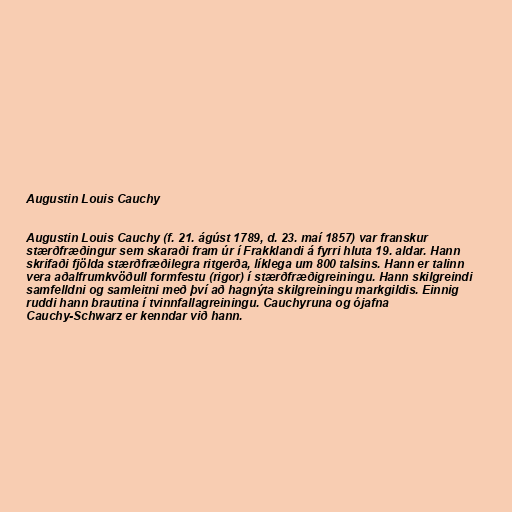
Augustin Louis Cauchy

Augustin Louis Cauchy (f. 21. ágúst 1789, d. 23. maí 1857) var franskur
stærðfræðingur sem skaraði fram úr í Frakklandi á fyrri hluta 19. aldar. Hann
skrifaði fjölda stærðfræðilegra ritgerða, líklega um 800 talsins. Hann er talinn
vera aðalfrumkvöðull formfestu (rigor) í stærðfræðigreiningu. Hann skilgreindi
samfelldni og samleitni með því að hagnýta skilgreiningu markgildis. Einnig
ruddi hann brautina í tvinnfallagreiningu. Cauchyruna og ójafna
Cauchy-Schwarz er kenndar við hann.